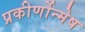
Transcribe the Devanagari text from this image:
प्रकीर्णोन्मेष